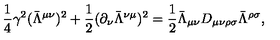
\frac { 1 } { 4 } \gamma ^ { 2 } ( \bar { \Lambda } ^ { \mu \nu } ) ^ { 2 } + \frac { 1 } { 2 } ( \partial _ { \nu } \bar { \Lambda } ^ { \nu \mu } ) ^ { 2 } = \frac { 1 } { 2 } \bar { \Lambda } _ { \mu \nu } D _ { \mu \nu \rho \sigma } \bar { \Lambda } ^ { \rho \sigma } ,